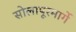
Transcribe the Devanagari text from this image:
सोलापूरमार्गे